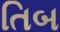
તિબ